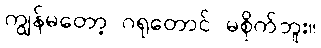
ကျွန်မတော့ ဂရုတောင် မစိုက်ဘူး။